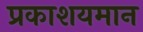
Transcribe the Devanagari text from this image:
प्रकाशयमान